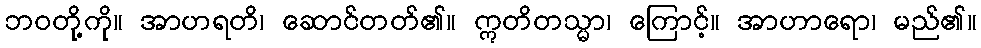
ဘဝတို့ကို။ အာဟရတိ၊ ဆောင်တတ်၏။ ဣတိတသ္မာ၊ ကြောင့်။ အာဟာရော၊ မည်၏။